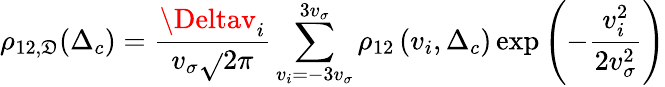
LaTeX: \rho_{12,\mathfrak{D}}(\Delta_{c})=\frac{{\Deltav_{i}}}{{v_{\sigma}\sqrt{}{{2\pi}}}}\sum_{v_{i}=-3v_{\sigma}}^{3v_{\sigma}}\rho_{12}\left(v_{i},\Delta_{c}\right)\exp\left(-\frac{{v_{i}^{2}}}{{2v_{\sigma}^{2}}}\right)